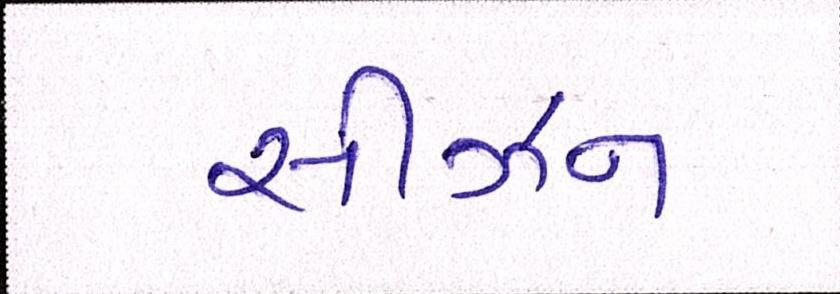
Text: સીઝન